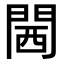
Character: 閪